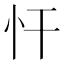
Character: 忓